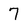
Character: 7